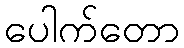
ပေါက်တော